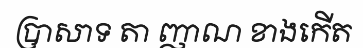
ប្រាសាទ តា ញាណ ខាងកើត